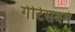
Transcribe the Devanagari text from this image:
गेटिसबर्ग